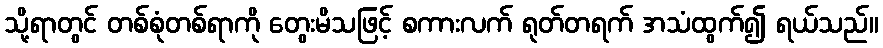
သို့ရာတွင် တစ်စုံတစ်ရာကို တွေးမိသဖြင့် စကားလက် ရုတ်တရက် အသံထွက်၍ ရယ်သည်။